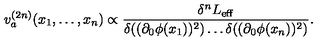
v _ { a } ^ { ( 2 n ) } ( x _ { 1 } , \dots , x _ { n } ) \propto \frac { \delta ^ { n } L _ { \mathrm { e f f } } } { \delta ( ( \partial _ { 0 } \phi ( x _ { 1 } ) ) ^ { 2 } ) \dots \delta ( ( \partial _ { 0 } \phi ( x _ { n } ) ) ^ { 2 } ) } .